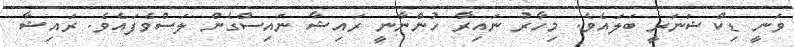
ވަނީ ޑިކްޝަނަރީ ބަލައެވެ. މިހާރު ނައިރާ ހުންނާނީ ރައިޝާ ނައިސްގެން ލަސްވެފައެވެ. ރައިޝާ